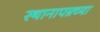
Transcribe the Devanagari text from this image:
स्थानापन्नच्या